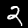
Label: 2